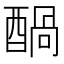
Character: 𮠶